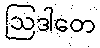
ဩဒါတေ